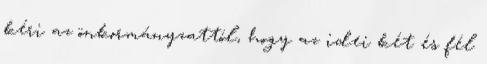
kéri az önkormányzattól, hogy az idei két és fél